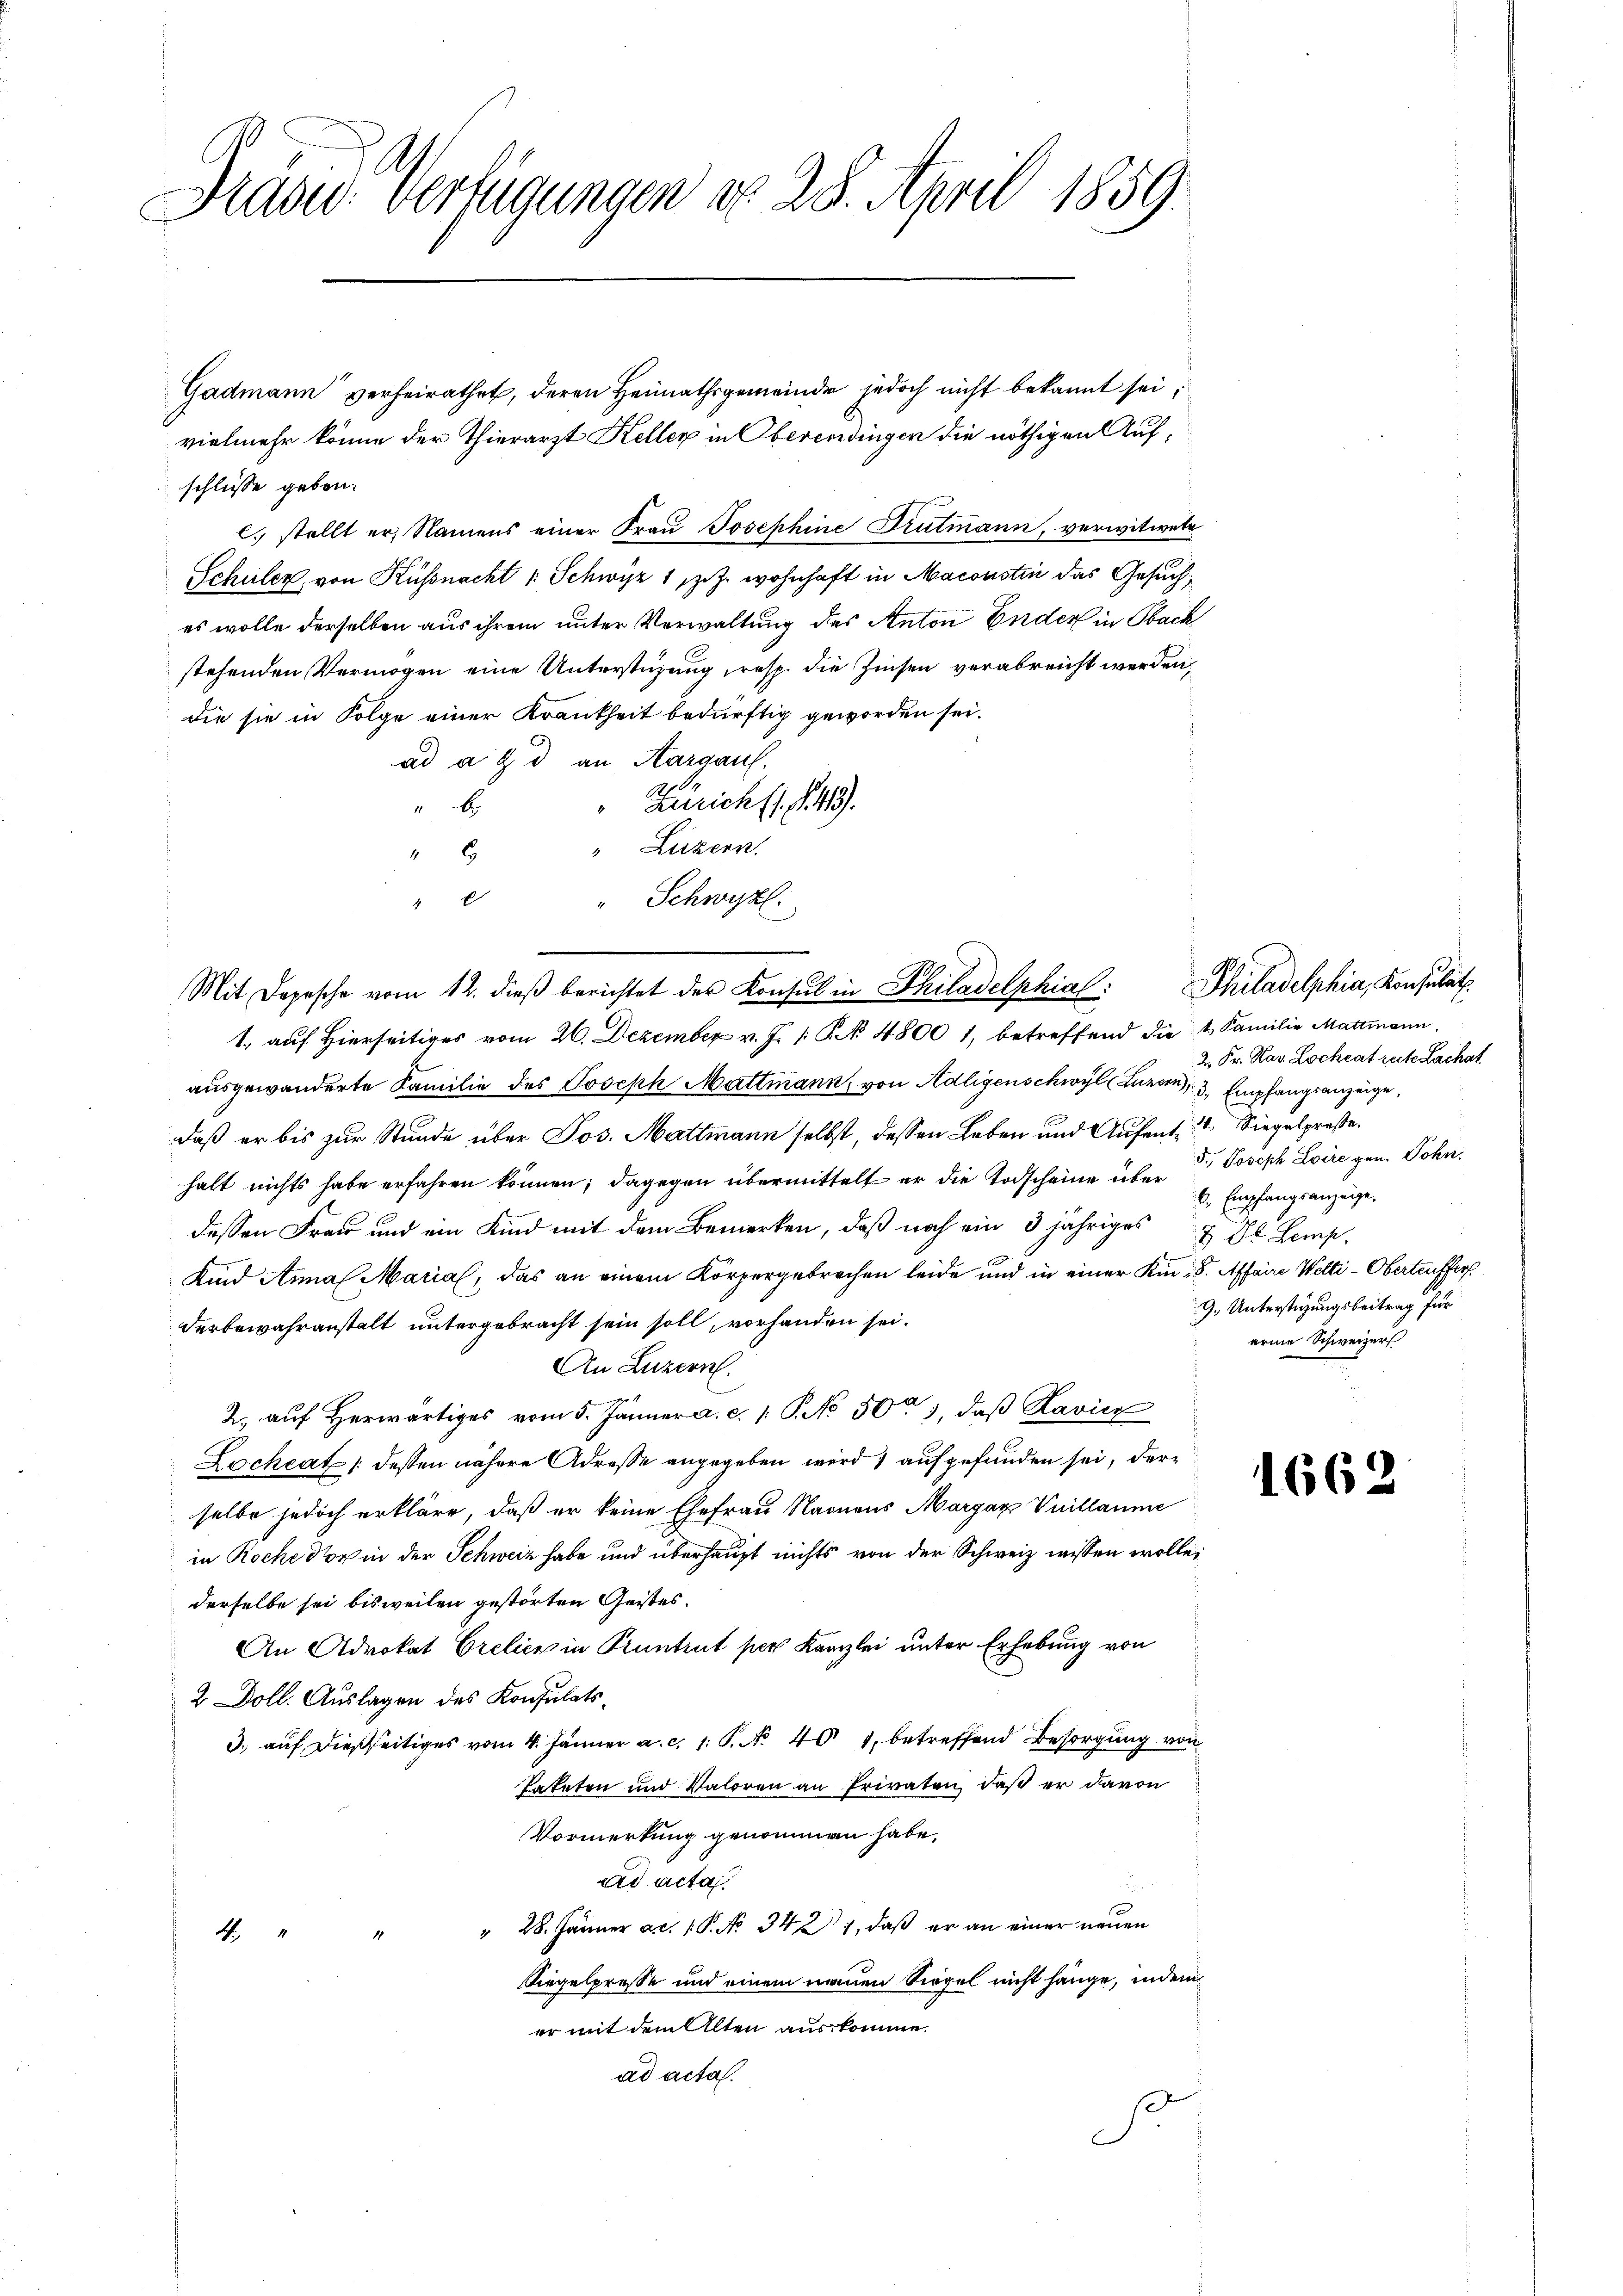
Präses Verfügungen d. 28. April 1859.

Gadmann verheirathet, deren Heimathsgemeinde jedoch nicht bekannt sei,
vielmehr könne der Thierarzt Keller in Oberendingen die nöthigen Aufschlüsse geben.
l. stellt er, Namens einer Frau Josephine Trutmann, verwitwete
Schüler, von Küssnacht v. Schwyz 1 J. wohnhaft in Maconstin das Gesuch,
es wolle derselben aus ihrem unter Verwaltung des Anton Ender in Obach
stehenden Vermögen eine Unterstüzung resp. die Zinsen verabreicht werden,
die sie in Folge einer Krankheit bedürftig geworden sei.
ad a. g. d. an Aargauf.
Zürich fl. 143.
b
" Luzern,
G
E
" Schwyzl.
1., auf Hierseitiges vom 26. Dezember v. J. 1 S. 48001, betreffend die 4 Familie Mattmann
ausgewanderte Familie des Joseph Mattmann, von Adligenschwyl (Luzern, 3. Empfangsanzeige,
daß er bis zur Stunde über Jos. Mattmann selbst, dessen Leben und Aufent. 21. Siegelpreße.
halt nichts habe erfahren können; dagegen übermittelt er die Todscheine über Empfangsanzeig
dessen Frau und ein Kind mit dem Bemerken, daß noch ein 3 jähriges Dr. Lemp
Kind Anna Marial, das an einem Körpergebrochen leide und in einer Kin: 5. Affaire Welti - Oberteuffer
derbewahranstalt untergebracht sein soll, vorhanden sei.
An Luzern.
2. auf Herwärtiges vom 5. Jänner a. c. 1. P. No. 50, daβ Ravicz
Locheat: dessen nähere Adresse angegeben wird aufgefunden sei, derselbe jedoch erkläre, daß er keine Ehefrau Namens Margar Vuillaume
in Roche der in der Schweiz habe und überhaupt nichts von der Schweiz wissen wolle,
derselbe sei bisweilen gestörten Geistes.
An Advokat Crelien in Kantent per Kanzlei unter Erhebung von
2 Doll. Auslagen des Konsulats¬
3. auf dießseitiges vom 4. Jänner a. c. 1. P. Nr. 404, betreffend Besorgung von
Tateten und Valoren an Privaten, daß er davon
Vormerkung genommen habe,
ad acta.
" 28. Jänner ac. P. No 34. 21, daß er an einer neuen
4
Siegelpresse und einem neuen Siegel nicht hänge, indem
er mit dem Alten aus komme.
ad acta.
ß
E

Mit Depesche vom 12. dieβ berichtet der Konsul in Philadelphial Philadelphia, Konsulat

2. Fr. Mar. Lochent recte Lachat.
5.) Joseph Loire gen. Sohn.
9., Unterstüzungsbeitrag für
arme Schweizer

166